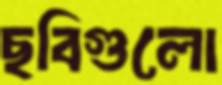
ছবিগুলো